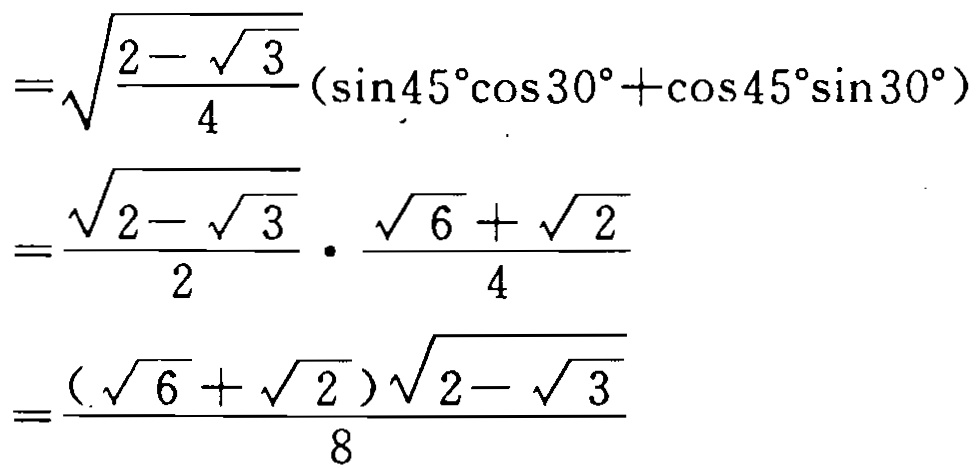
\[
\begin{align*}
&=\sqrt{\frac{2 - \sqrt{3}}{4}}(\sin45^{\circ}\cos30^{\circ}+\cos45^{\circ}\sin30^{\circ})\\
&=\frac{\sqrt{2 - \sqrt{3}}}{2} \cdot \frac{\sqrt{6}+\sqrt{2}}{4}\\
&=\frac{(\sqrt{6}+\sqrt{2})\sqrt{2 - \sqrt{3}}}{8}
\end{align*}
\]